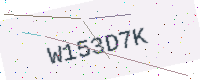
Text: W153D7K